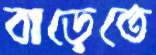
বাড়েতে